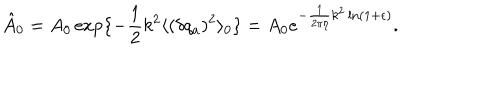
\hat { A } _ { 0 } = A _ { 0 } \exp \{ - \frac { 1 } { 2 } k ^ { 2 } \langle ( \delta q _ { a } ) ^ { 2 } \rangle _ { 0 } \} = A _ { 0 } e ^ { - \frac { 1 } { 2 \pi \eta } k ^ { 2 } \ln ( 1 + \epsilon ) } .